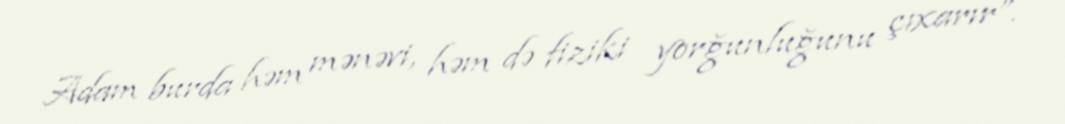
Adam burda həm mənəvi, həm də fiziki yorğunluğunu çıxarır”.